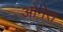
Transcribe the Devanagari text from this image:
ओनेरा